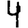
Digit: 4